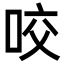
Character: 咬